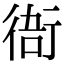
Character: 𧗮